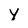
Character: y